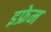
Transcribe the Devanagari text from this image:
इफ्रेम